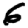
Digit: 6